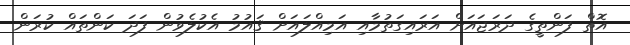
އޮތް ފަންތީގެ ދަރަޖައަށް އަރައިގަތުމާއި އަމިއްލައަށް ޤައުމު އެކުލެވުން ފަދަ ކަންތައް ކުރަން